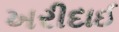
ખરીદાઈ